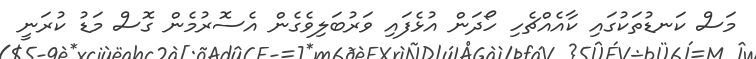
މަސް ކަނޑުތަކުގައި ކާއެއްޗެހި ހޯދަން އުޅެފައި ވަރުބަލިވެގެން އެސޮރުމެން ގޮސް މަޑު ކުރަނީ